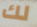
لك